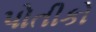
પોતીકો